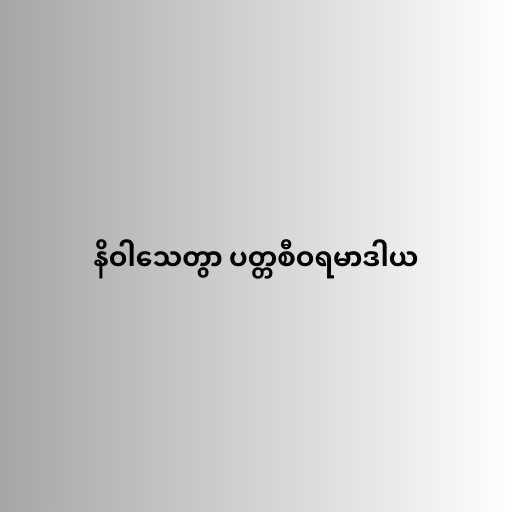
နိဝါသေတွာ ပတ္တစီဝရမာဒါယ